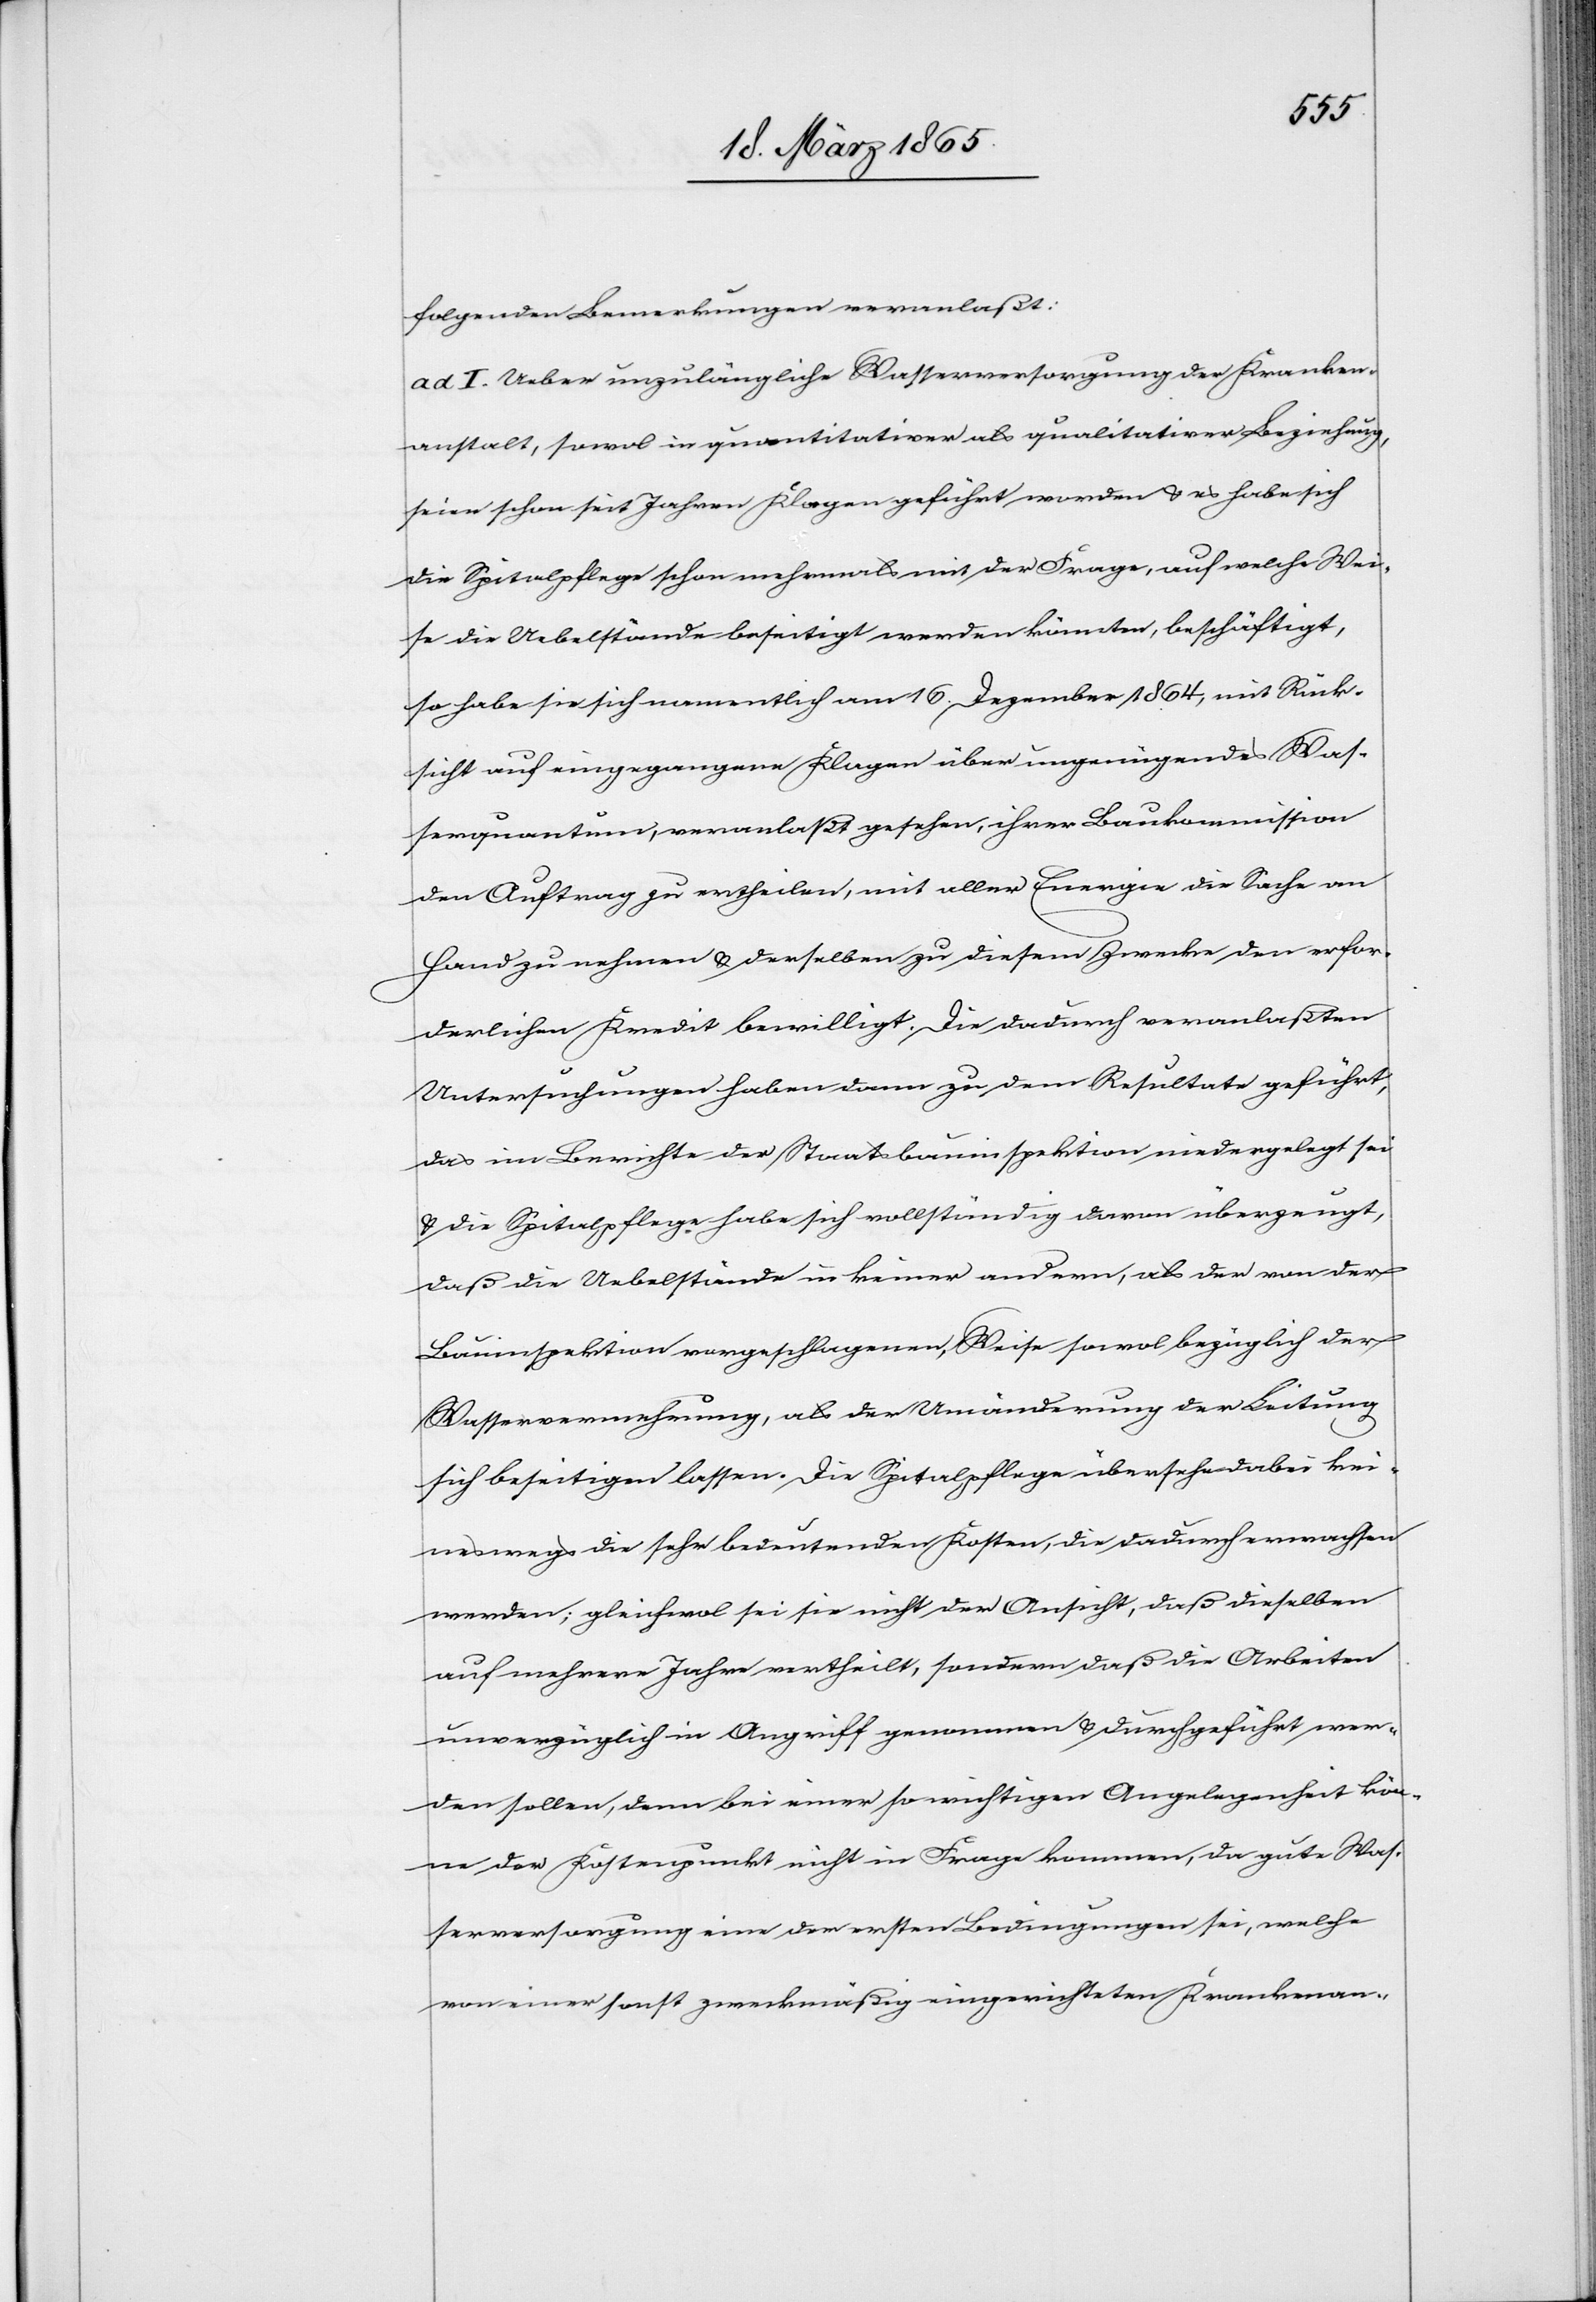
folgenden Bemerkungen veranlaßt:
ad I. Ueber unzulängliche Wasserversorgung der Kranken¬
anstalt, sowol in quantitativer als qualitativer Beziehung,
seien schon seit Jahren Klagen geführt worden & es habe sich
die Spitalpflege schon mehrmals mit der Frage, auf welche Wei¬
se die Uebelstände beseitigt werden könnten, beschäftigt,
so habe sie sich namentlich am 16. Dezember 1864, mit Rück¬
sicht auf eingegangene Klagen über ungenügendes Was¬
serquantum, veranlaßt gesehen, ihrer Baukommission
den Auftrag zu ertheilen, mit aller Energie die Sache an
Hand zu nehmen & derselben zu diesem Zwecke den erfor¬
derlichen Kredit bewilligt. Die dadurch veranlaßten
Untersuchungen haben dann zu dem Resultate geführt,
das im Berichte der Staatsbauinspektion niedergelegt sei
& die Spitalpflege habe sich vollständig davon überzeugt,
daß die Uebelstände in keiner andern, als der von der
Bauinspektion vorgeschlagenen, Weise sowol bezüglich der
Wasservermehrung, als der Umänderung der Leitung
sich beseitigen lassen. Die Spitalpflege übersehe dabei kei¬
neswegs die sehr bedeutenden Kosten, die dadurch erwachsen
werden; gleichwol sei sie nicht der Ansicht, daß dieselben
auf mehrere Jahre vertheilt, sondern daß die Arbeiten
unverzüglich in Angriff genommen & durchgeführt wer¬
den sollen, denn bei einer so wichtigen Angelegenheit kön¬
ne der Kostenpunkt nicht in Frage kommen, da gute Was¬
serversorgung eine der ersten Bedingungen sei, welche
von einer sonst zweckmäßig eingerichteten Krankenan-